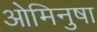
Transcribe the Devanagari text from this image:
ओमिनुषा